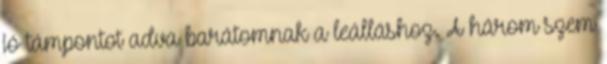
jó támpontot adva barátomnak a leálláshoz. A három szem